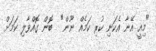
"މިއީ އޭނާ އެކަނި ކުރި ކަމެއް ނޫން"  ބޮން ގޮއްވާލި ކަމަށް